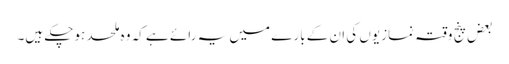
بعض پنج وقتہ نمازیوں کی ان کے بارے میں یہ رائے ہے کہ وہ ملحد ہوچکے ہیں۔